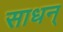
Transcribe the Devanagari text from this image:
साधन्